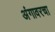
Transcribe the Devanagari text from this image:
अंगावरचा